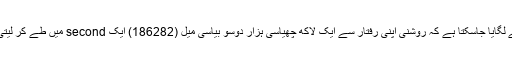
نظام شمسی سے باہر دنیاؤں کی تلاش کس قسم کی ہوگی، اس بات کا اندازا اس حقیقت سے لگایا جاسکتا ہے کہ روشنی اپنی رفتار سے ایک لاکھ چھیاسی ہزار دوسو بیاسی میل (186282) ایک second میں طے کر لیتی ہے اور زمین سے چاند تک پہنچنے میں روشنی کو محض 1.2 ثانیے درکار ہوتے ہیں۔